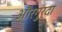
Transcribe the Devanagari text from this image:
औरगुर्दा